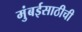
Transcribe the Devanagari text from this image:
मुंबईसाठीची